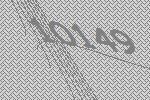
10149